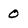
Character: 0